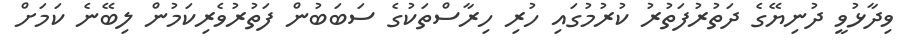
ވިދާޅުވީ ދުނިޔޭގެ ދަތުރުފަތުރު ކުރުމުގައި ހުރި ހިރާސްތަކުގެ ސަބަބުން ފަތުރުވެރިކަމުން ލިބޭނެ ކަމަށް